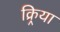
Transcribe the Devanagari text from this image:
क्र्रिया